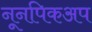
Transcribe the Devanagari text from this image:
नूनपिकअप